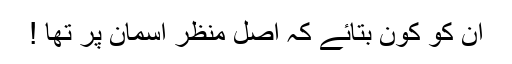
ان کو کون بتائے کہ اصل منظر آسمان پر تھا !